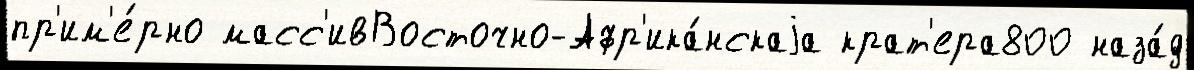
пр'им'е́рно масс'ивВосточно-Афр'ика́нскаjа крат'ера800 наза́д